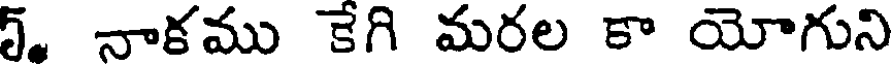
5. నాకము కేగి మరల కా యోగుని